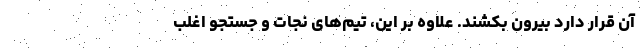
آن قرار دارد بیرون بکشند. علاوه بر این، تیم‌های نجات و جستجو اغلب